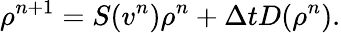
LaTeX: \rho^{n+1}=S(v^{n})\rho^{n}+\Delta tD(\rho^{n}).